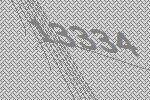
13334